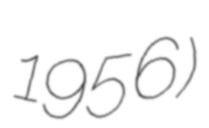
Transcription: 1956)